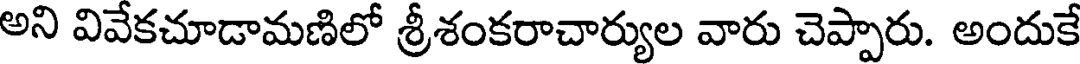
అని వివేకచూడామణిలో శ్రీశంకరాచార్యుల వారు చెప్పారు. అందుకే